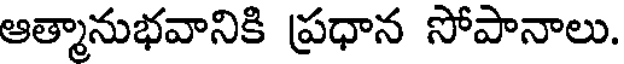
ఆత్మానుభవానికి ప్రధాన సోపానాలు.